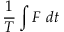
\frac { 1 } { T } \int F ~ d t